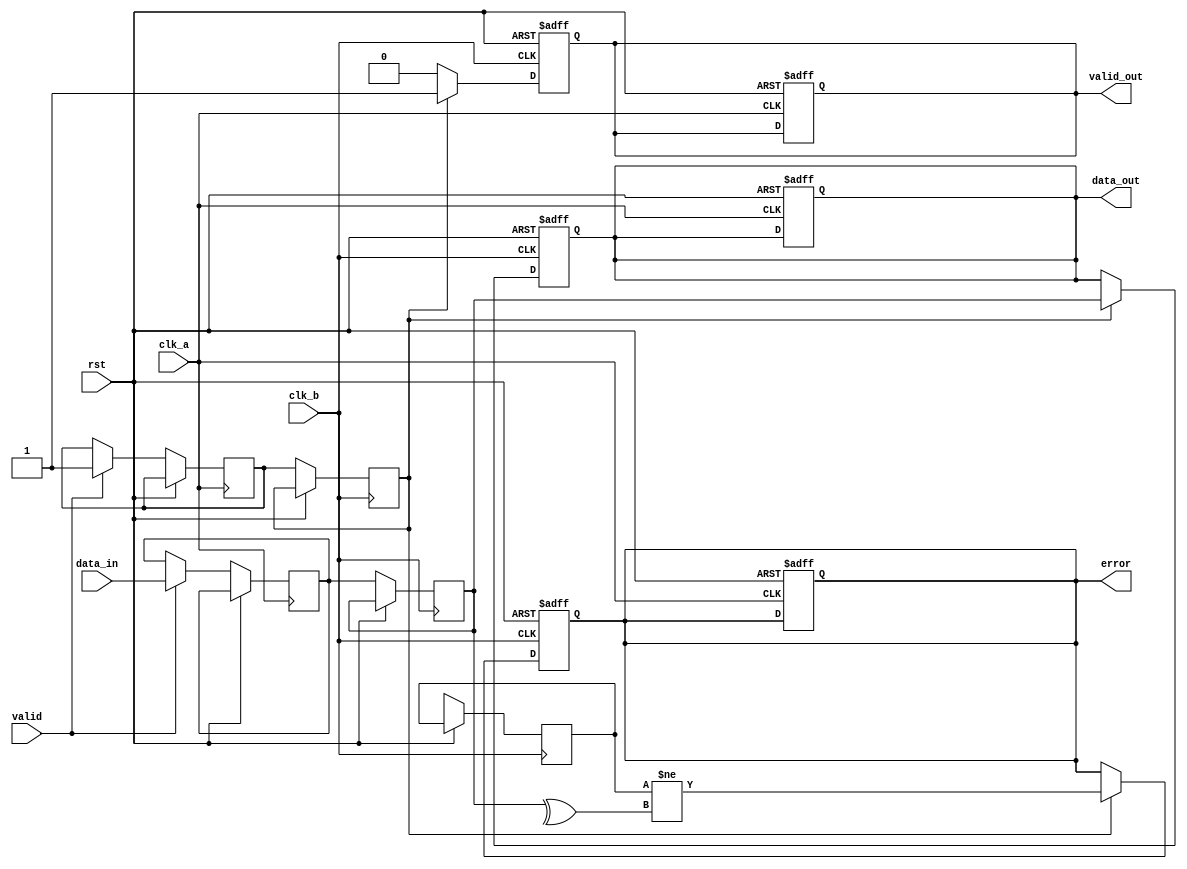
module cdc_with_error_detection (
    input wire clk_a,             // Clock domain A
    input wire clk_b,             // Clock domain B
    input wire rst,               // Reset signal
    input wire [7:0] data_in,     // Data input from CLK_A domain
    input wire valid,             // Valid signal from CLK_A domain
    output reg [7:0] data_out,    // Synchronized data output to CLK_B domain
    output reg valid_out,         // Synchronized valid signal to CLK_B domain
    output reg error              // Error signal
);

    // Parity bit calculation
    wire parity_bit;
    assign parity_bit = ^data_in;

    // Synchronization registers for data and valid signal
    reg [7:0] data_sync_1, data_sync_2;
    reg valid_sync_1, valid_sync_2;
    reg parity_sync_1, parity_sync_2;

    // Register to hold the received parity bit
    reg received_parity;

    // Clock A domain
    always @(posedge clk_a or posedge rst) begin
        if (rst) begin
            // Reset logic
            data_out <= 8'b0;
            valid_out <= 1'b0;
            error <= 1'b0;
        end else begin
            // Transfer data and valid signal
            if (valid) begin
                data_sync_1 <= data_in;
                valid_sync_1 <= 1'b1;
                parity_sync_1 <= parity_bit;
            end
        end
    end

    // Clock B domain
    always @(posedge clk_b or posedge rst) begin
        if (rst) begin
            // Reset logic
            data_out <= 8'b0;
            valid_out <= 1'b0;
            error <= 1'b0;
        end else begin
            // Synchronize data and valid signal
            data_sync_2 <= data_sync_1;
            valid_sync_2 <= valid_sync_1;
            received_parity <= parity_sync_2;

            // Check for parity error
            if (valid_sync_2) begin
                data_out <= data_sync_2;
                valid_out <= valid_sync_2;
                // Check parity
                error <= (received_parity != ^data_sync_2);
            end else begin
                valid_out <= 1'b0; // No valid data
            end
        end
    end

endmodule